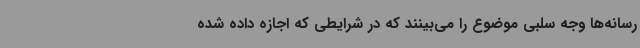
رسانه‌ها وجه سلبی موضوع را می‌بینند که در شرایطی که اجازه داده شده